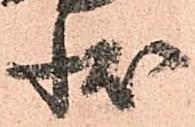
状